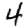
Digit: 4